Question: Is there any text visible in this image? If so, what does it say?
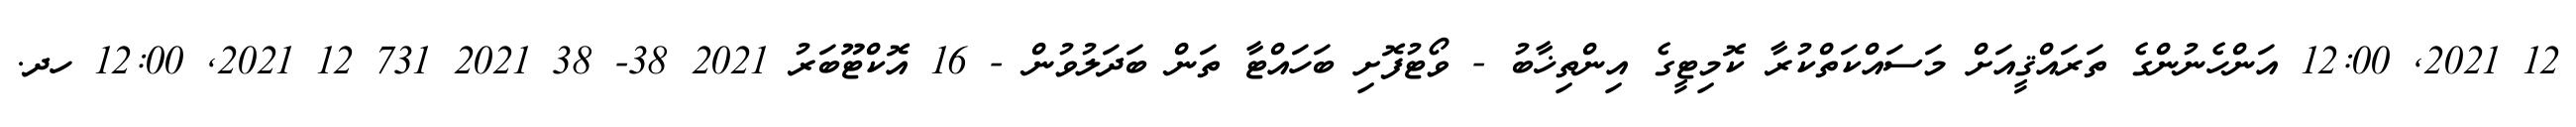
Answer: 12 2021, 12:00 އަންހެނުންގެ ތަރައްޤީއަށް މަސައްކަތްކުރާ ކޮމިޓީގެ އިންތިޚާބު - ވޯޓުފޮށި ބަހައްޓާ ތަން ބަދަލުވުން - 16 އޮކްޓޫބަރު 2021 38- 38 2021 731 12 2021, 12:00 ހދ.